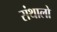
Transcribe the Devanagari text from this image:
संथालो